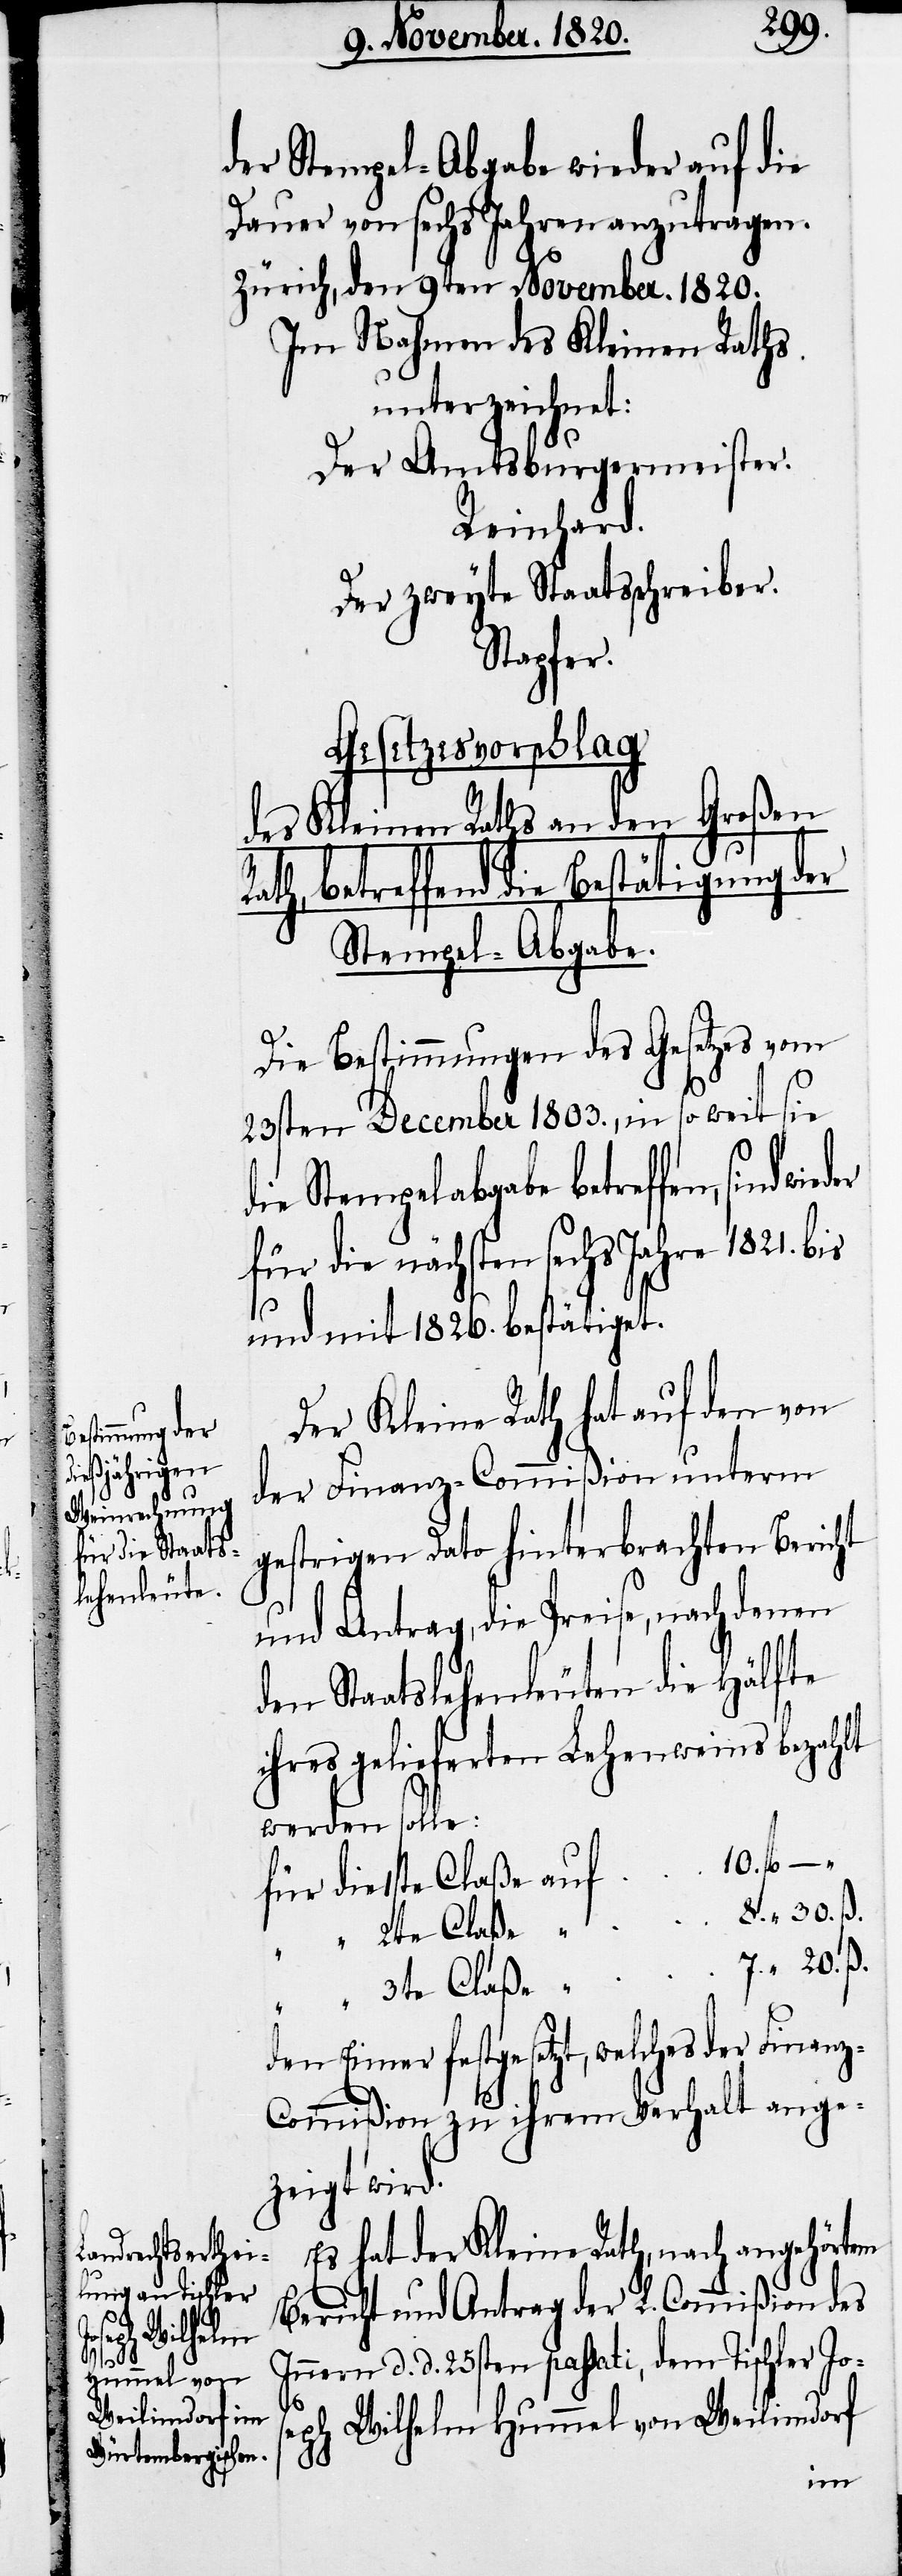
der Stempel-Abgabe wieder auf die
Dauer von sechs Jahren anzutragen.
Zürich, den 9ten November. 1820.
Im Nahmen des Kleinen Raths
unterzeichnet:
Der Amtsburgermeister.
Reinhard.
Der zweyte Staatschreiber.
Stapfer.
Gesetzesvorschlag
des Kleinen Raths an den Großen
Rath, betreffend die Bestätigung der
Stempel-Abgabe.
Die Bestimmungen des Gesetzes vom
23sten December 1803., in so weit sie
die Stempelabgabe betreffen, sind
für die nächsten sechs Jahre 1821. bis
und mit 1826. bestätiget.
Der Kleine Rath hat auf den von
der Finanz-Commißion unterm
gestrigen Dato hinterbrachten Bericht
und Antrag, die Preise, nach denen
den Staatslehenleuten die Hälfte
ihres gelieferten Lehenweins bezahlt
werden solle:
für die 1ste Claße auf 	10. fl –
“ 8. “ 30. ß.
7. “ 20. ß.
3te Claße
Eimer festgesetzt, welches der Finan¬
z-Commißion zu ihrem Verhalt ange¬
zeigt wird.
Es hat der Kleine Rath, nach angehörtem
Bericht und Antrag der L. Commißion des
Innern d. d. 25sten passati, dem Tischler Jos¬
eph Wilhelm Hummel von Weilimdorf
den